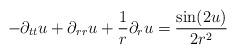
LaTeX: \begin{align*}-\partial_{tt}u+\partial_{rr}u+\frac{1}{r}\partial_{r}u=\frac{\sin(2 u)}{2r^{2}}\end{align*}